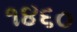
૧૪૬૦